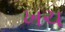
ખચ